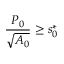
\frac { P _ { 0 } } { \sqrt { A _ { 0 } } } \geq s _ { 0 } ^ { { * } }